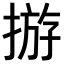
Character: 𢰧